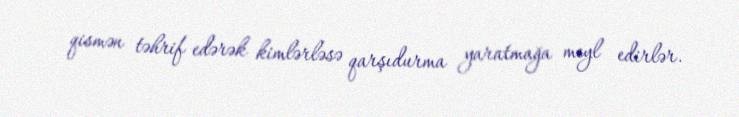
qismən təhrif edərək kimlərləsə qarşıdurma yaratmağa meyl edirlər.